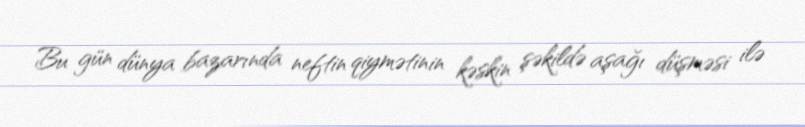
Bu gün dünya bazarında neftin qiymətinin kəskin şəkildə aşağı düşməsi ilə